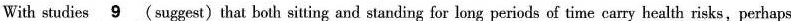
With studies \underline{9}(suggest)that both sitting and standing for long periods of time carry health risks,perhaps